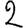
Digit: 2